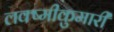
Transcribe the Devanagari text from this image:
लक्ष्मीकुमारी